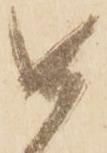
如